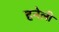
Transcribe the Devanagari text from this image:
हनेली